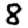
Digit: 8